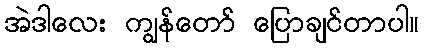
အဲဒါလေး ကျွန်တော် ပြောချင်တာပါ။